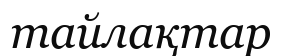
тайлақтар